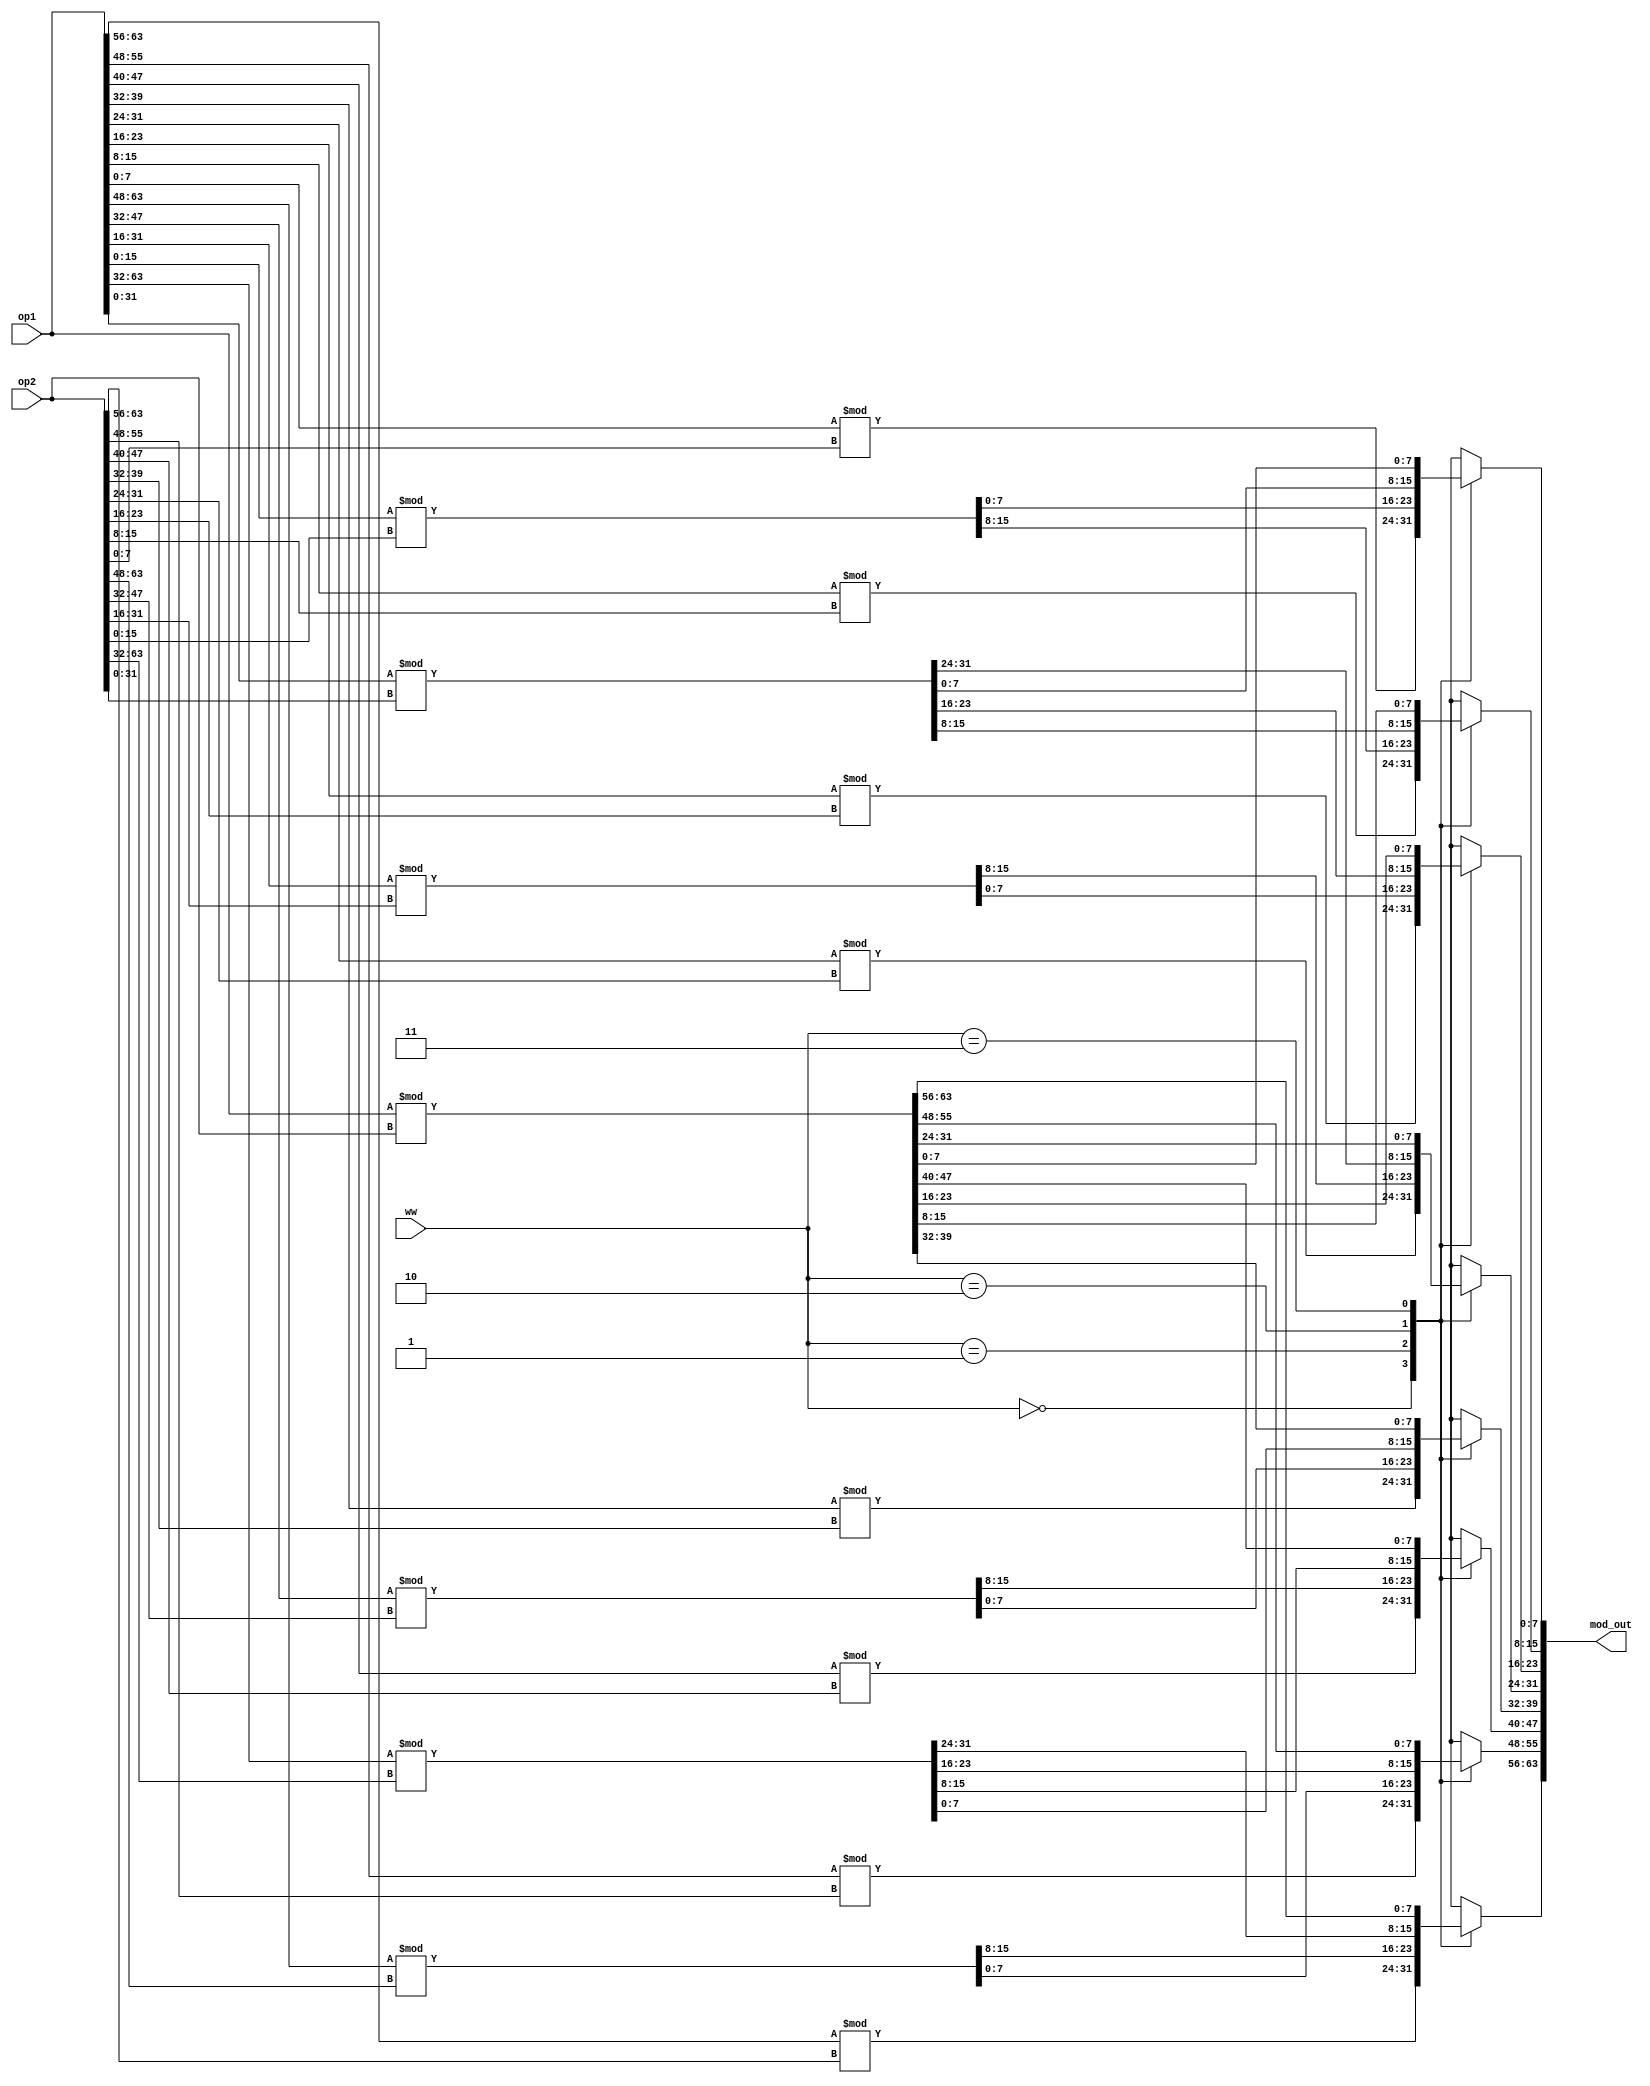
module modulo(
	input [0:63] op1, op2,
	input [1:0] ww,
	output reg [0:63] mod_out
	);

	always @(*) begin
		case(ww)
			2'b00: begin
				mod_out[0:7]   = op1[0:7] % op2[0:7];
				mod_out[8:15]  = op1[8:15] % op2[8:15];
				mod_out[16:23] = op1[16:23] % op2[16:23];
				mod_out[24:31] = op1[24:31] % op2[24:31];
				mod_out[32:39] = op1[32:39] % op2[32:39];
				mod_out[40:47] = op1[40:47] % op2[40:47];
				mod_out[48:55] = op1[48:55] % op2[48:55];
				mod_out[56:63] = op1[56:63] % op2[56:63];
			end
			2'b01: begin
				mod_out[0:15]  = op1[0:15] % op2[0:15];
				mod_out[16:31] = op1[16:31] % op2[16:31];
				mod_out[32:47] = op1[32:47] % op2[32:47];
				mod_out[48:63] = op1[48:63] % op2[48:63];
			end
			2'b10: begin
				mod_out[0:31]  = op1[0:31] % op2[0:31];
				mod_out[32:63] = op1[32:63] % op2[32:63];
			end
			2'b11: begin
				mod_out = op1 % op2;
			end
		endcase
	end
endmodule